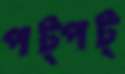
পট্‌পট্‌